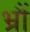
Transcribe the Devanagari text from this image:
भ्रौं